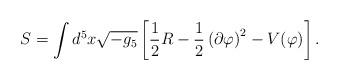
LaTeX: \begin{align*}S = \int d^5 x \sqrt{-g_5}\left[\frac{1}{2}R -\frac{1}{2}\left(\partial \varphi\right)^2 -V(\varphi)\right].\end{align*}